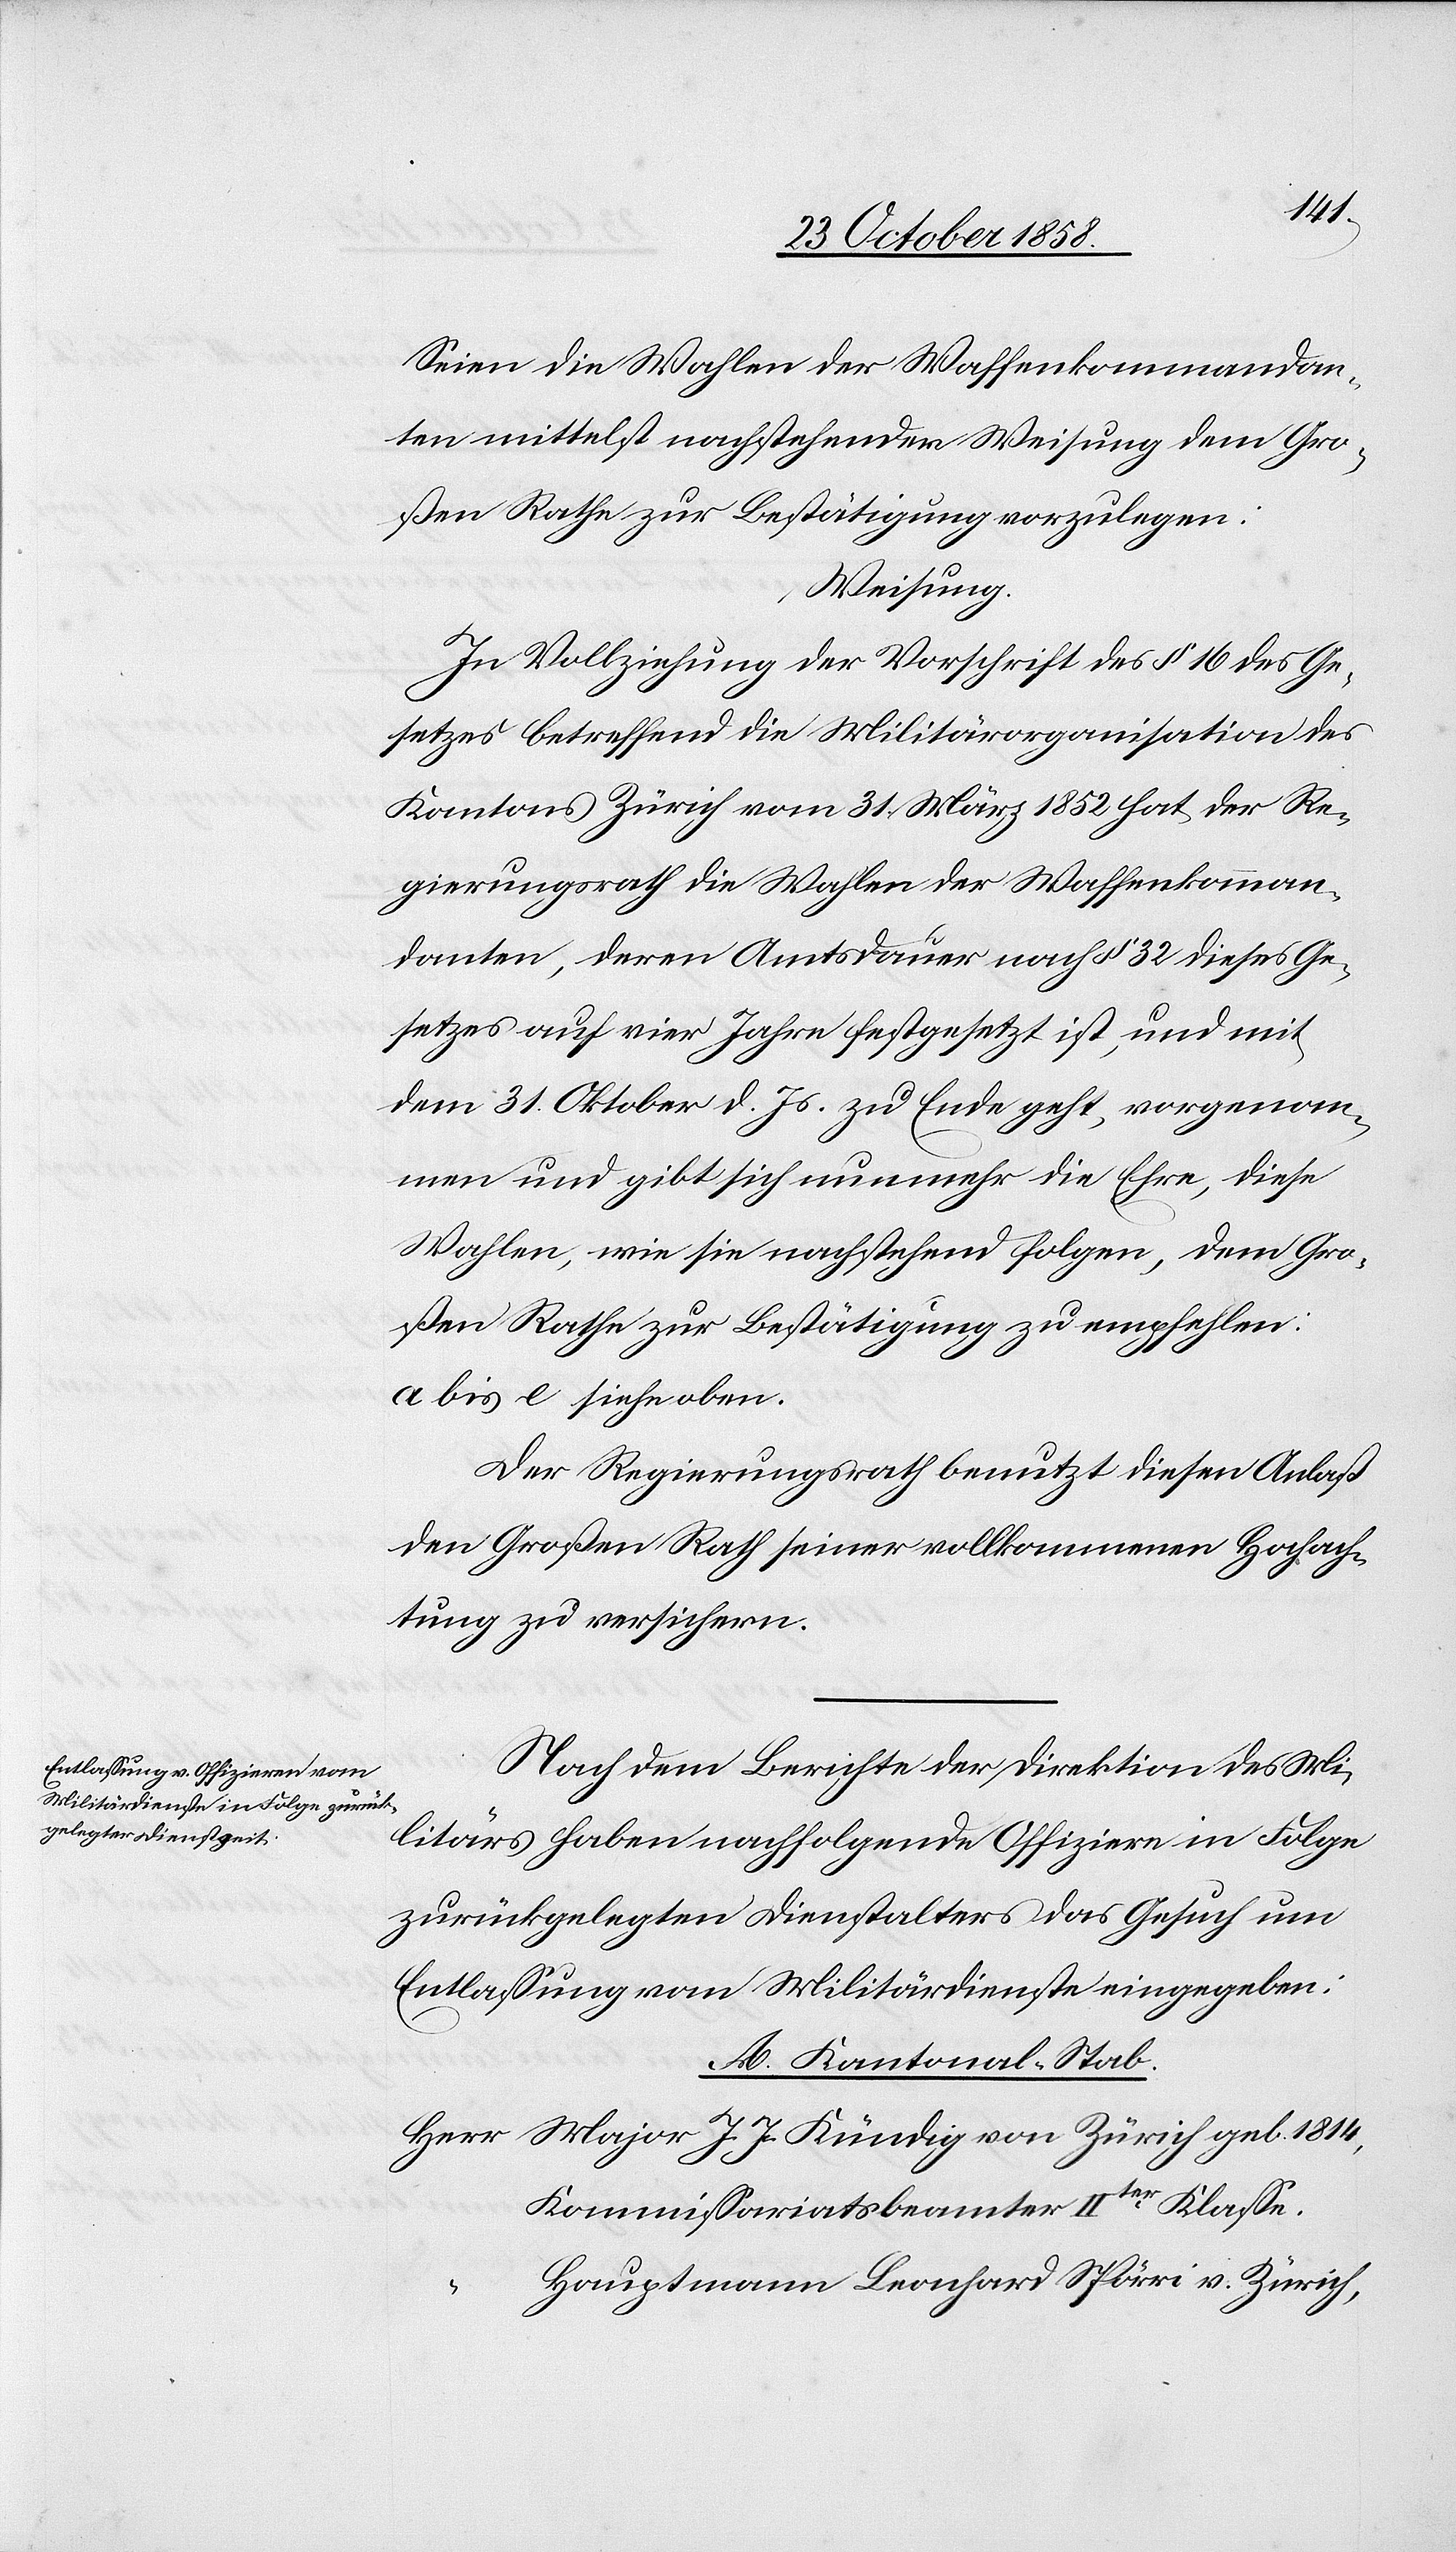
Seien die Wahlen der Waffenkommandan¬
ten mittelst nachstehender Weisung dem Gro¬
ßen Rathe zur Bestätigung vorzulegen:
Weisung.
In Vollziehung der Vorschrift des § 16 des Ge¬
setzes betreffend die Militärorganisation des
Kantons Zürich vom 31. März 1852 hat der Re¬
gierungsrath die Wahlen der Waffenkomman¬
danten, deren Amtsdauer nach § 32 dieses Ge¬
setzes auf vier Jahre festgesetzt ist, und mit
dem 31. Oktober d. Js. zu Ende geht, vorgenom¬
men und gibt sich nunmehr die Ehre, diese
Wahlen, wie sie nachstehend folgen, dem Gro¬
ßen Rathe zur Bestätigung zu empfehlen:
a bis e siehe oben.
Der Regierungsrath benutzt diesen Anlaß
den Großen Rath seiner vollkommenen Hochach¬
tung zu versichern.
Nach dem Berichte der Direktion des Mi¬
litärs haben nachfolgende Offiziere in Folge
zurückgelegten Dienstalters das Gesuch um
Entlassung vom Militärdienste eingegeben:
A. Kantonal-Stab.
Major J. J. Kündig von Zürich geb. 1814,
Kommissariatsbeamter IIter Klasse.
Hauptmann Leonhard Spörri v. Zürich,